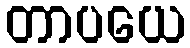
တာပယေ